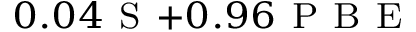
_ { 0 . 0 4 \mathrm { ~ S ~ } + 0 . 9 6 \mathrm { ~ P ~ B ~ E ~ } }